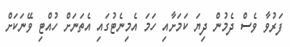
ފަރުވާ ވެސް ދެމުން ދިޔަ ކަމަށާއި ހަމަ އެމިނެޓުގައި އެތަނަށް ހުއްޓި ވޭނަކަށް